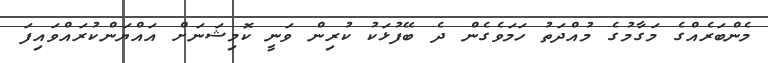
މެންބަރެއްގެ މަގާމުގެ މުއްދަތު ހަމަވެގެން ދެ ބޭފުޅަކު ކުރިން ވަނީ ކޮމިޝަނަށް އައްޔަންކުރައްވައިފަ